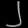
Digit: ၂